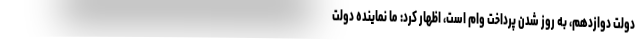
دولت دوازدهم، به روز شدن پرداخت وام است، اظهار کرد: ما نماینده دولت